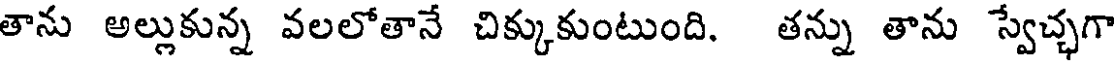
తాను అల్లుకున్న వలలోతానే చిక్కుకుంటుంది. తన్ను తాను స్వేచ్చగా